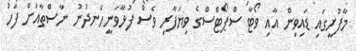
މާފުށީގައި ޑައިވިން އާއި ވޯޓާ ސްޕޯޓްސްގެ ވިޔަފާރި ވެސް ފުޅާވަނީހެނދުނު ނާސްތާއަށް ފަހު